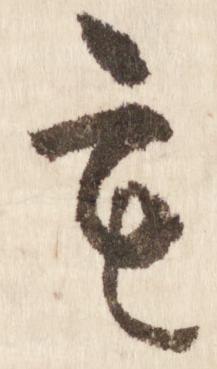
も